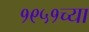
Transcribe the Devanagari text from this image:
१९५१च्या